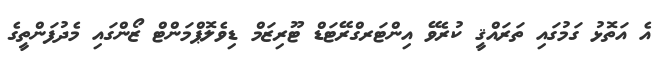
އެ އަތޮޅު ގަމުގައި ތަރައްޤީ ކުރެވޭ އިންޓަރގްރޭޓަޑް ޓޫރިޒަމް ޑިވެލޮޕްމަންޓް ޒޯންގައި މެދުފަންތީގެ